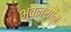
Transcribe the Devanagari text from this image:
भुवनशोम